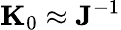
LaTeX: {\mathbf K}_{0}\approx{\mathbf J}^{-1}